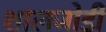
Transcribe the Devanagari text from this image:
शालजोडी